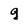
Character: g